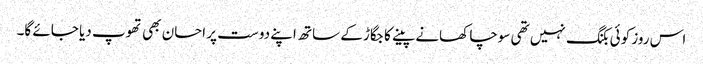
اس روز کوئی بکنگ نہیں تھی سوچا کھانے پینے کا جگاڑ کے ساتھ اپنے دوست پر احسان بھی تھوپ دیا جائے گا۔